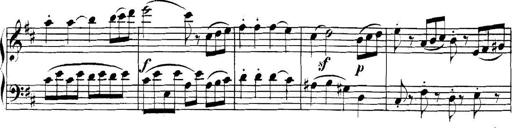
Title: Collected Piano Sonatas
Composer: Muzio Clementi